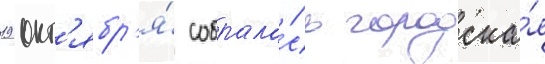
19 окт'ябр'я́ собрала́сь городска́я